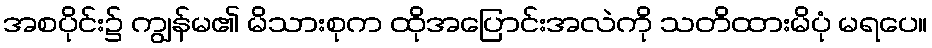
အစပိုင်း၌ ကျွန်မ၏ မိသားစုက ထိုအပြောင်းအလဲကို သတိထားမိပုံ မရပေ။